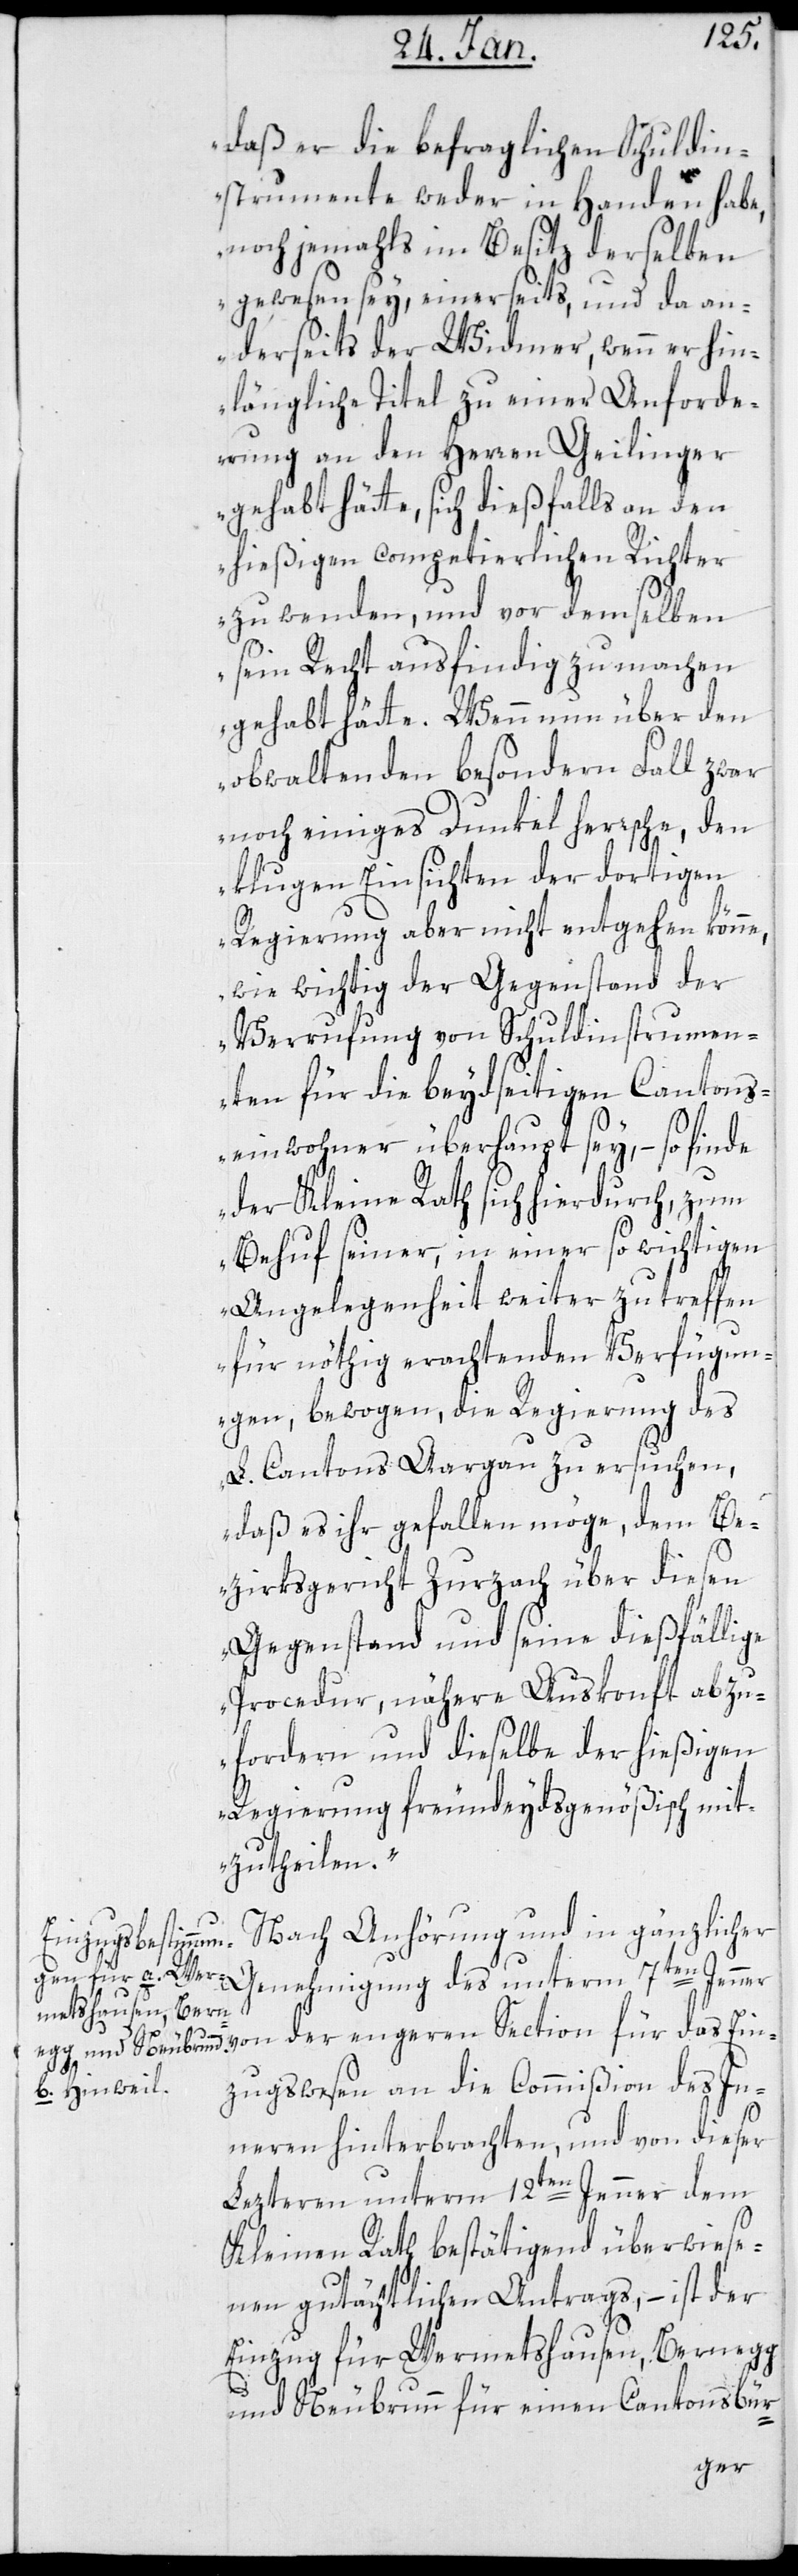
daß er die befraglichen Schuldin¬
strumente weder in Handen habe,
noch jemahls im Besitz derselben
gewesen sey, einerseits, und da an¬
derseits der Widmer, wenn er hin¬
längliche Titel zu einer Anforde¬
rung an den Herren Geilinger
gehabt hätte, sich diesfalls an den
hießigen competierlichen Richter
zu wenden, und vor demselben
sein Recht ausfindig zu machen
gehabt hätte. Wenn nun über den
obwaltenden besondern Fall zwar
noch einiges Dunkel herrsche, den
klugen Einsichten der dortigen
Regierung aber nicht entgehen könne,
wie wichtig der Gegenstand der
Verrufung von Schuldinstrumen¬
ten für die beydseitigen Cantons¬
einwohner überhaupt sey, – so finde
der Kleine Rath sich hierdurch zum
Behuf seiner, in einer so wichtigen
Angelegenheit weiter zu treffen
für nöthig erachtenden Verfügun¬
gen, bewogen, die Regierung des
L. Cantons Aargau zu ersuchen,
daß es ihr gefallen möge, dem Be¬
zirksgericht Zurzach über diesen
Gegenstand und seine dießfällige
Procedur, nähere Auskonft abzu¬
fordern und dieselbe der hießigen
Regierung freundeydsgenößisch mit¬
zutheilen“.
Nach Anhörung und in gänzlicher
Genehmigung
unterm
7ten Jenner von der engern Section für das Ein¬
zugswesen an die Commißion des In¬
nern hinterbrachten, und von dieser
letztern unterm 12ten Jenner dem
Kleinen Rath bestätigend überwiese¬
nen gutächtlichen Antrags, – ist der
Einzug für Wernetshausen, Bernegg
und Neubrunn für einen Cantonsbür-